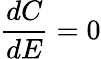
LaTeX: \frac{dC}{dE}=0